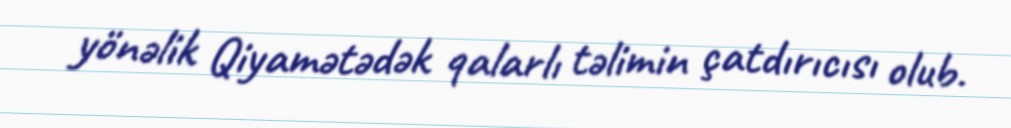
yönəlik Qiyamətədək qalarlı təlimin çatdırıcısı olub.